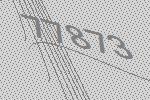
77873